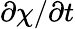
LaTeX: \partial\chi/\partial t